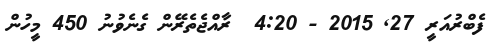
ފެބްރުއަރީ 27